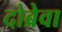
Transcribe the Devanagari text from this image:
दोब्रेवा